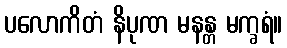
ပလောကိတံ နိပုဏ မနန္တ မက္ခရံ။